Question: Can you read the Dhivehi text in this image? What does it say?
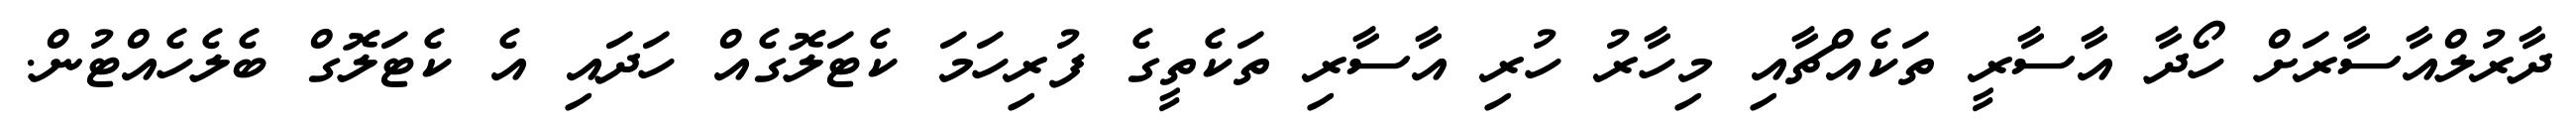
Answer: ދާރުލްއާސާރަށް ހޯދާ އާސާރީ ތަކެއްޗާއި މިހާރު ހުރި އާސާރި ތަކެތީގެ ފުރިހަމަ ކެޓަލޮގެއް ހަދައި އެ ކެޓަލޮގް ބެލެހެއްޓުން.